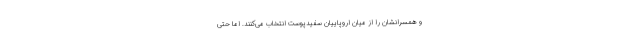
و همسرانشان را از میان اروپاییان سفیدپوست انتخاب می‌کنند. اما حتی